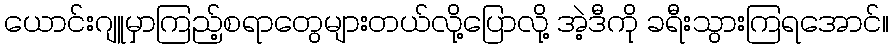
ယောင်းဂျူမှာကြည့်စရာတွေများတယ်လို့ပြောလို့ အဲ့ဒီကို ခရီးသွားကြရအောင်။